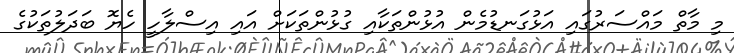
މި މާތް މައްސަރުގައި އަޅުގަނޑުމެން އުޅުންތަކާއި ގުޅުންތަކަށް އައި އިސްލާހީ ހެޔޮ ބަދަލުތަކުގެ